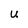
Character: u